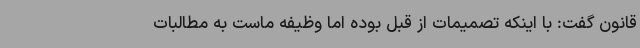
قانون گفت: با اینکه تصمیمات از قبل بوده اما وظیفه ماست به مطالبات